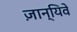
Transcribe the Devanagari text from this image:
ज़ान्यिवे